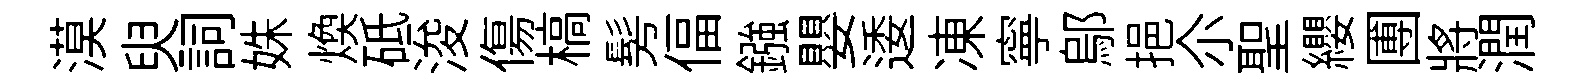
漠臾詞姝煥砥浚傷槁髣偪鏹嬰逶凍寧鄔挹尒聖纓圑將潤